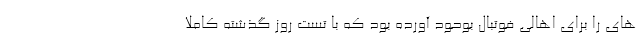
های را برای اهالی فوتبال بوحود آورده بود که با تست روز گذشته کاملا